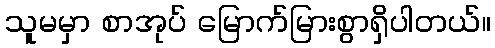
သူမမှာ စာအုပ် မြောက်မြားစွာရှိပါတယ်။